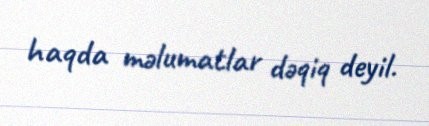
haqda məlumatlar dəqiq deyil.